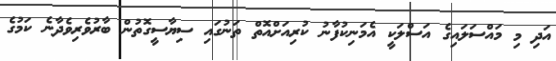
އަދި މި މައްސަލައިގެ އަސްލަކީ އެމަނިކުފާނު ކުރިއަށްއޮތް ތަނުގައި ސިޔާސީގޮތުން ބާރުވެރިވެދާނެ ކަމުގެ